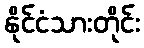
နိုင်ငံသားတိုင်း